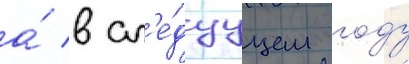
а́ в сл'е́дуущем году